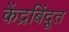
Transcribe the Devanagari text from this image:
केंद्रबिंदूत